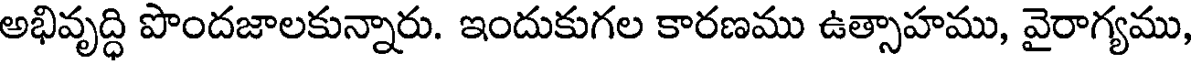
అభివృద్ధి పొందజాలకున్నారు. ఇందుకుగల కారణము ఉత్సాహము, వైరాగ్యము,